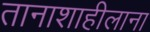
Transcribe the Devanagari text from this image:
तानाशाहीलाना